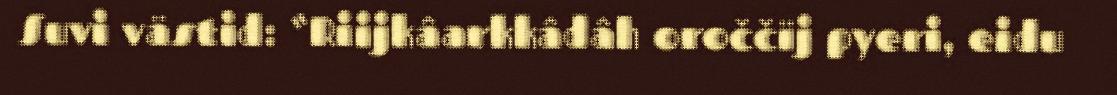
Suvi västid: “Riijkâarkkâdâh oroččïj pyeri, eidu